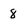
Character: 8